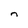
Character: n